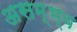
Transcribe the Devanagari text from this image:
असम्भ्व